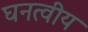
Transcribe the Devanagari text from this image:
घनत्वीय